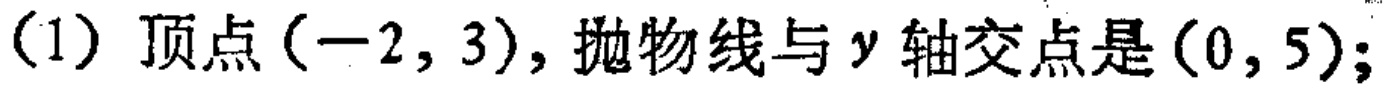
(1) 顶点\((-2,3)\)，抛物线与\(y\)轴交点是\((0,5)\)；